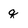
Character: q